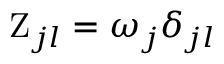
{ \mathrm { Z } } _ { j l } = { \omega } _ { j } { \delta } _ { j l }